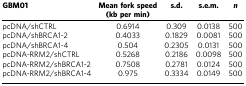
<table><thead><tr><td><b>GBM01</b></td><td><b>Mean fork speed (kb per min)</b></td><td><b>s.d.</b></td><td><b>s.e.m.</b></td><td><b><i>n</i></b></td></tr></thead><tbody><tr><td>pcDNA/shCTRL</td><td>0.6914</td><td>0.309</td><td>0.0138</td><td>500</td></tr><tr><td>pcDNA/shBRCA1-2</td><td>0.4033</td><td>0.1829</td><td>0.0081</td><td>500</td></tr><tr><td>pcDNA/shBRCA1-4</td><td>0.504</td><td>0.2305</td><td>0.0131</td><td>500</td></tr><tr><td>pcDNA-RRM2/shCTRL</td><td>0.5268</td><td>0.2186</td><td>0.0098</td><td>500</td></tr><tr><td>pcDNA-RRM2/shBRCA1-2</td><td>0.7508</td><td>0.2781</td><td>0.0124</td><td>500</td></tr><tr><td>pcDNA-RRM2/shBRCA1-4</td><td>0.975</td><td>0.3334</td><td>0.0149</td><td>500</td></tr></tbody></table>